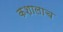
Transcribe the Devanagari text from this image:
कशालाच